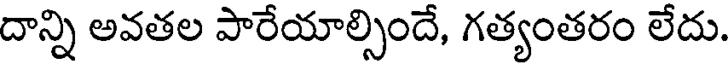
దాన్ని అవతల పారేయాల్సిందే, గత్యంతరం లేదు.